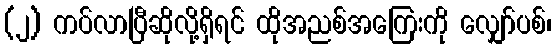
(၂) ကပ်လာပြီဆိုလို့ရှိရင် ထိုအညစ်အကြေးကို လျှော်ပစ်၊